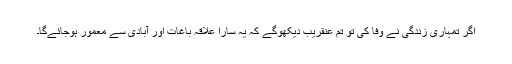
اگر تمہاری زندگی نے وفا کی تو تم عنقریب دیکھوگے کہ یہ سارا علاقہ باغات اور آبادی سے معمور ہوجائےگا۔